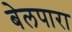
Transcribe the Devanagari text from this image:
बेलपारा